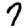
Digit: 7